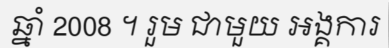
ឆ្នាំ 2008 ។ រួម ជាមួយ អង្គការ